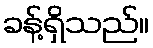
ခန့်ရှိသည်။